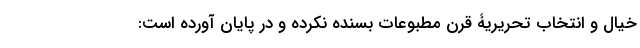
خیال و انتخاب تحریریۀ قرن مطبوعات بسنده نکرده و در پایان آورده است: